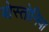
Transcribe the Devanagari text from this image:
बोस्तोनिया